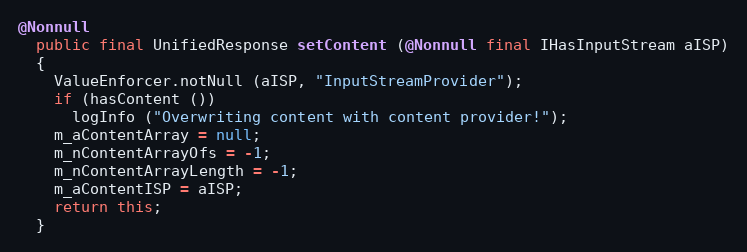
Language: Java
@Nonnull
  public final UnifiedResponse setContent (@Nonnull final IHasInputStream aISP)
  {
    ValueEnforcer.notNull (aISP, "InputStreamProvider");
    if (hasContent ())
      logInfo ("Overwriting content with content provider!");
    m_aContentArray = null;
    m_nContentArrayOfs = -1;
    m_nContentArrayLength = -1;
    m_aContentISP = aISP;
    return this;
  }